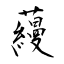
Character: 蘰